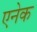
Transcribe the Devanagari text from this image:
एनेक